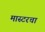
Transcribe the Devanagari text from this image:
मास्टरचा